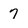
Character: 7